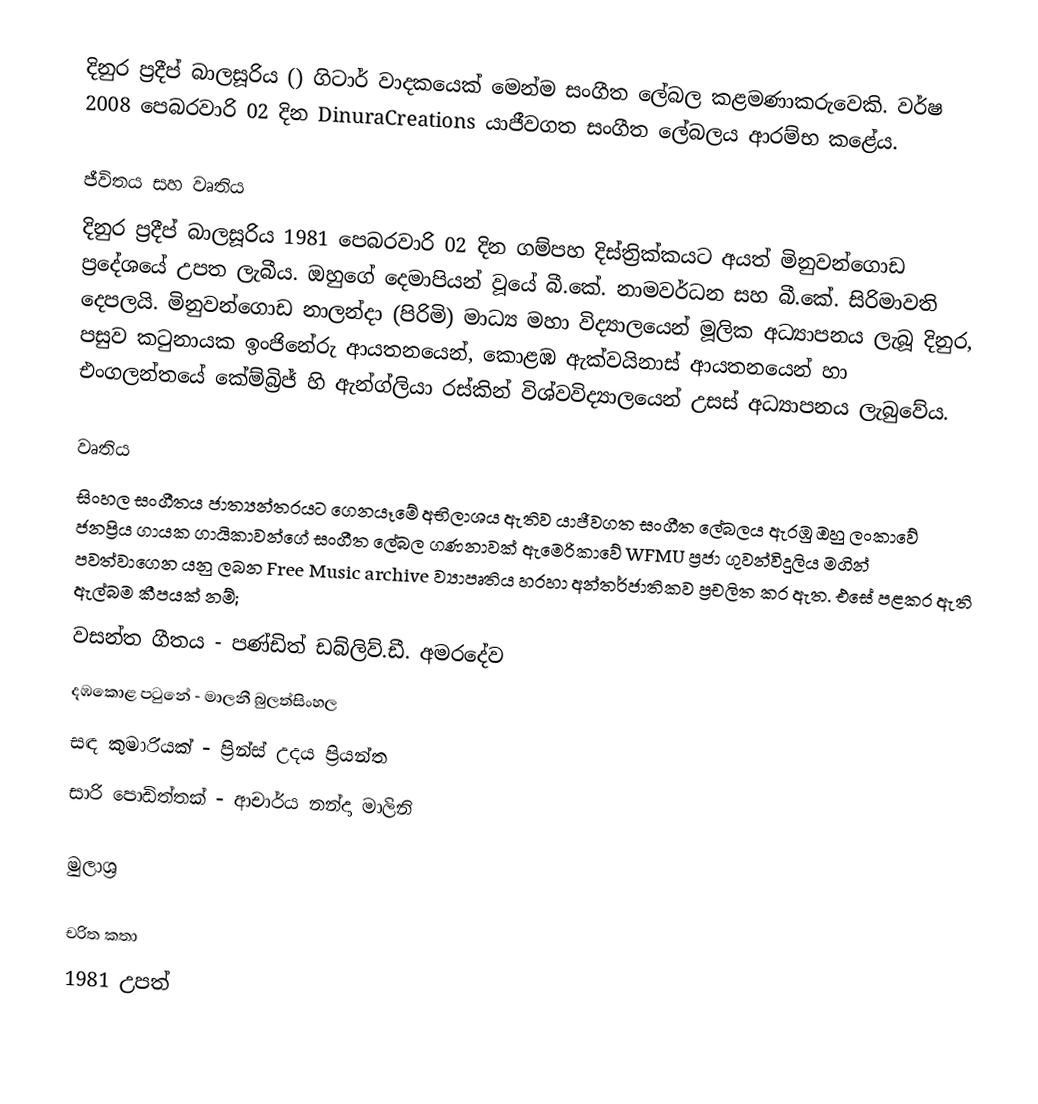
දිනුර ප්‍රදීප් බාලසූරිය () ගිටාර් වාදකයෙක් මෙන්ම සංගීත ලේබල කළමණාකරුවෙකි. වර්ෂ 2008 පෙබරවාරි 02 දින DinuraCreations යාජීවගත සංගීත ලේබලය ආරම්භ කළේය.

ජීවිතය සහ වෘතිය
දිනුර ප්‍රදීප් බාලසූරිය 1981 පෙබරවාරි 02 දින ගම්පහ දිස්ත්‍රික්කයට අයත් මිනුවන්ගොඩ ප්‍රදේශයේ උපත ලැබීය. ඔහුගේ දෙමාපියන් වූයේ බී.කේ. නාමවර්ධන සහ බී.කේ. සිරිමාවති දෙපලයි. මිනුවන්ගොඩ නාලන්දා (පිරිමි) මාධ්‍ය මහා විද්‍යාලයෙන් මූලික අධ්‍යාපනය ලැබූ දිනුර, පසුව කටුනායක ඉංජිනේරු ආයතනයෙන්, කොළඹ ඇක්වයිනාස් ආයතනයෙන් හා එංගලන්තයේ කේම්බ්‍රිජ් හි ඇන්ග්ලියා රස්කින් විශ්වවිද්‍යාලයෙන් උසස් අධ්‍යාපනය ලැබුවේය.

වෘතිය
සිංහල සංගීතය ජාත්‍යන්තරයට ගෙනයෑමේ අභිලාශය ඇතිව යාජීවගත සංගීත ලේබලය ඇරඹු ඔහු ලංකාවේ ජනප්‍රිය ගායක ගායිකාවන්ගේ සංගීත ලේබල ගණනාවක් ඇමෙරිකාවේ WFMU ප්‍රජා ගුවන්විදුලිය මගින් පවත්වාගෙන යනු ලබන Free Music archive ව්‍යාපෘතිය හරහා අන්තර්ජාතිකව ප්‍රචලිත කර ඇත. එසේ පළකර ඇති ඇල්බම කීපයක් නම්;
 වසන්ත ගීතය - පණ්ඩිත් ඩබ්ලිව්.ඩී. අමරදේව
 දඹකොළ පටුනේ - මාලනී බුලත්සිංහල
 සඳ කුමාරියක් - ප්‍රින්ස් උදය ප්‍රියන්ත
 සාරි පොඩිත්තක් - ආචාර්ය නන්දා මාලිනි

මුලාශ්‍ර

චරිත කතා
1981 උපත්